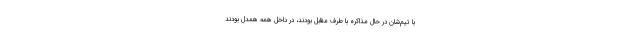
با تیم‌شان در حال مذاکره با طرف مقابل بودند، در داخل همه همدل بودند